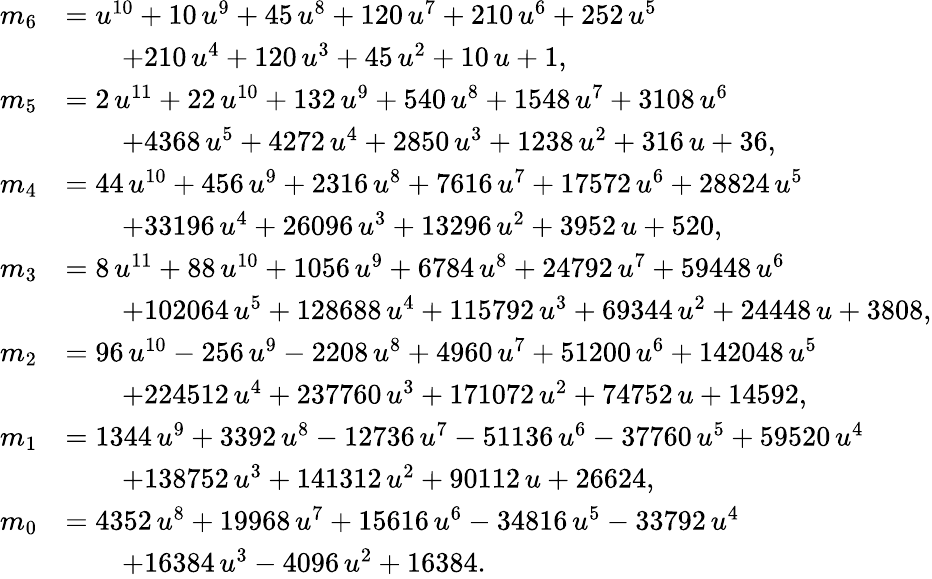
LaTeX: \begin{array}{rl}{m_{6}}&{={u}^{10}+10\, {u}^{9}+45\, {u}^{8}+120\, {u}^{7}+210\, {u}^{6}+252\, {u}^{5}}\\ &{\qquad+210\, {u}^{4}+120\, {u}^{3}+45\, {u}^{2}+10\, u+1,}\\ {m_{5}}&{=2\, {u}^{11}+22\, {u}^{10}+132\, {u}^{9}+540\, {u}^{8}+1548\, {u}^{7}+3108\, {u}^{6}}\\ &{\qquad+4368\, {u}^{5}+4272\, {u}^{4}+2850\, {u}^{3}+1238\, {u}^{2}+316\, u+36,}\\ {m_{4}}&{=44\, {u}^{10}+456\, {u}^{9}+2316\, {u}^{8}+7616\, {u}^{7}+17572\, {u}^{6}+28824\, {u}^{5}}\\ &{\qquad+33196\, {u}^{4}+26096\, {u}^{3}+13296\, {u}^{2}+3952\, u+520,}\\ {m_{3}}&{=8\, {u}^{11}+88\, {u}^{10}+1056\, {u}^{9}+6784\, {u}^{8}+24792\, {u}^{7}+59448\, {u}^{6}}\\ &{\qquad+102064\, {u}^{5}+128688\, {u}^{4}+115792\, {u}^{3}+69344\, {u}^{2}+24448\, u+3808,}\\ {m_{2}}&{=96\, {u}^{10}-256\, {u}^{9}-2208\, {u}^{8}+4960\, {u}^{7}+51200\, {u}^{6}+142048\, {u}^{5}}\\ &{\qquad+224512\, {u}^{4}+237760\, {u}^{3}+171072\, {u}^{2}+74752\, u+14592,}\\ {m_{1}}&{=1344\, {u}^{9}+3392\, {u}^{8}-12736\, {u}^{7}-51136\, {u}^{6}-37760\, {u}^{5}+59520\, {u}^{4}}\\ &{\qquad+138752\, {u}^{3}+141312\, {u}^{2}+90112\, u+26624,}\\ {m_{0}}&{=4352\, {u}^{8}+19968\, {u}^{7}+15616\, {u}^{6}-34816\, {u}^{5}-33792\, {u}^{4}}\\ &{\qquad+16384\, {u}^{3}-4096\, {u}^{2}+16384.}\end{array}